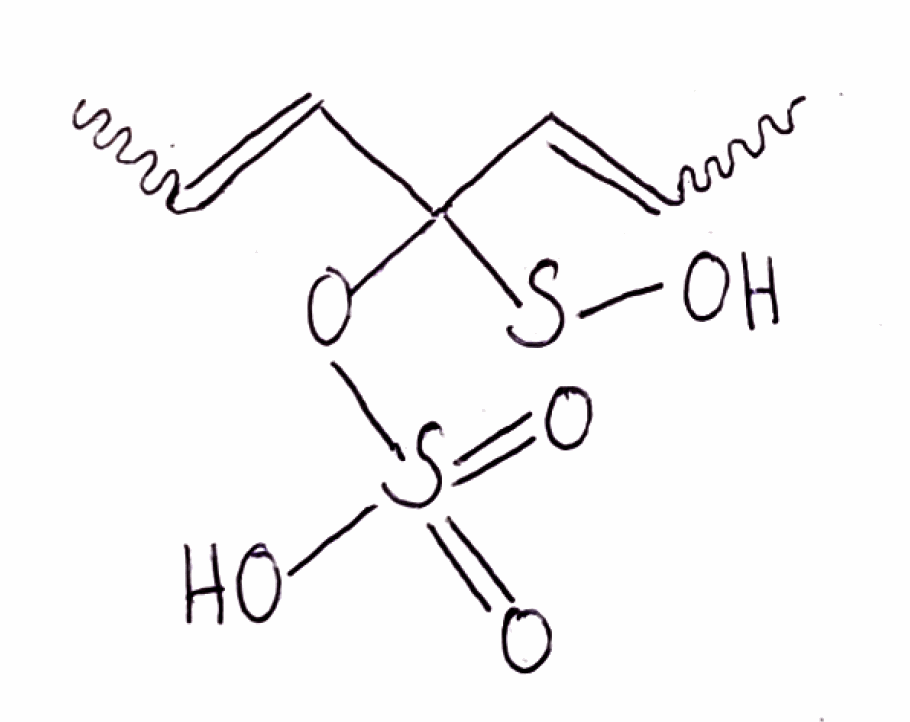
Simplified molecular-input line-entry system (SMILES) notation of the given molecule:
CC=CC(C=CC)(OS(=O)(=O)O)SO